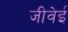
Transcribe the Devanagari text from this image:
जीवेई